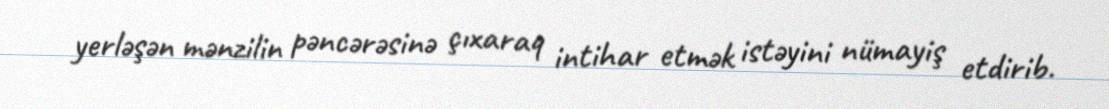
yerləşən mənzilin pəncərəsinə çıxaraq intihar etmək istəyini nümayiş etdirib.